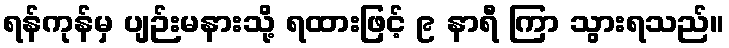
ရန်ကုန်မှ ပျဉ်းမနားသို့ ရထားဖြင့် ၉ နာရီ ကြာ သွားရသည်။